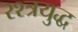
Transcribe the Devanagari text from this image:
रश्त्रयुद्ध